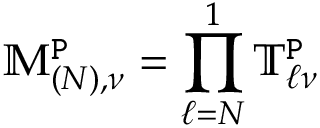
\mathbb { M } _ { ( N ) , \nu } ^ { \mathtt { P } } = \prod _ { \ell = N } ^ { 1 } \mathbb { T } _ { \ell \nu } ^ { \mathtt { P } }